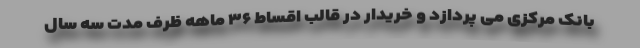
بانک مرکزی می پردازد و خریدار در قالب اقساط ۳۶ ماهه ظرف مدت سه سال